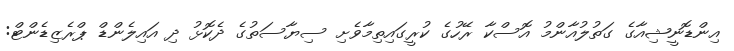
އިންޑޮނީޝިއާގެ ގަތުލުއާންމު އޮސްކާ ރޭހުގެ ކުރީގައިތިމާވެށި ސިޔާސަތުގެ ދެކޮޅު ދި އައިލެންޑް ޕްރެޒިޑެންޓް: